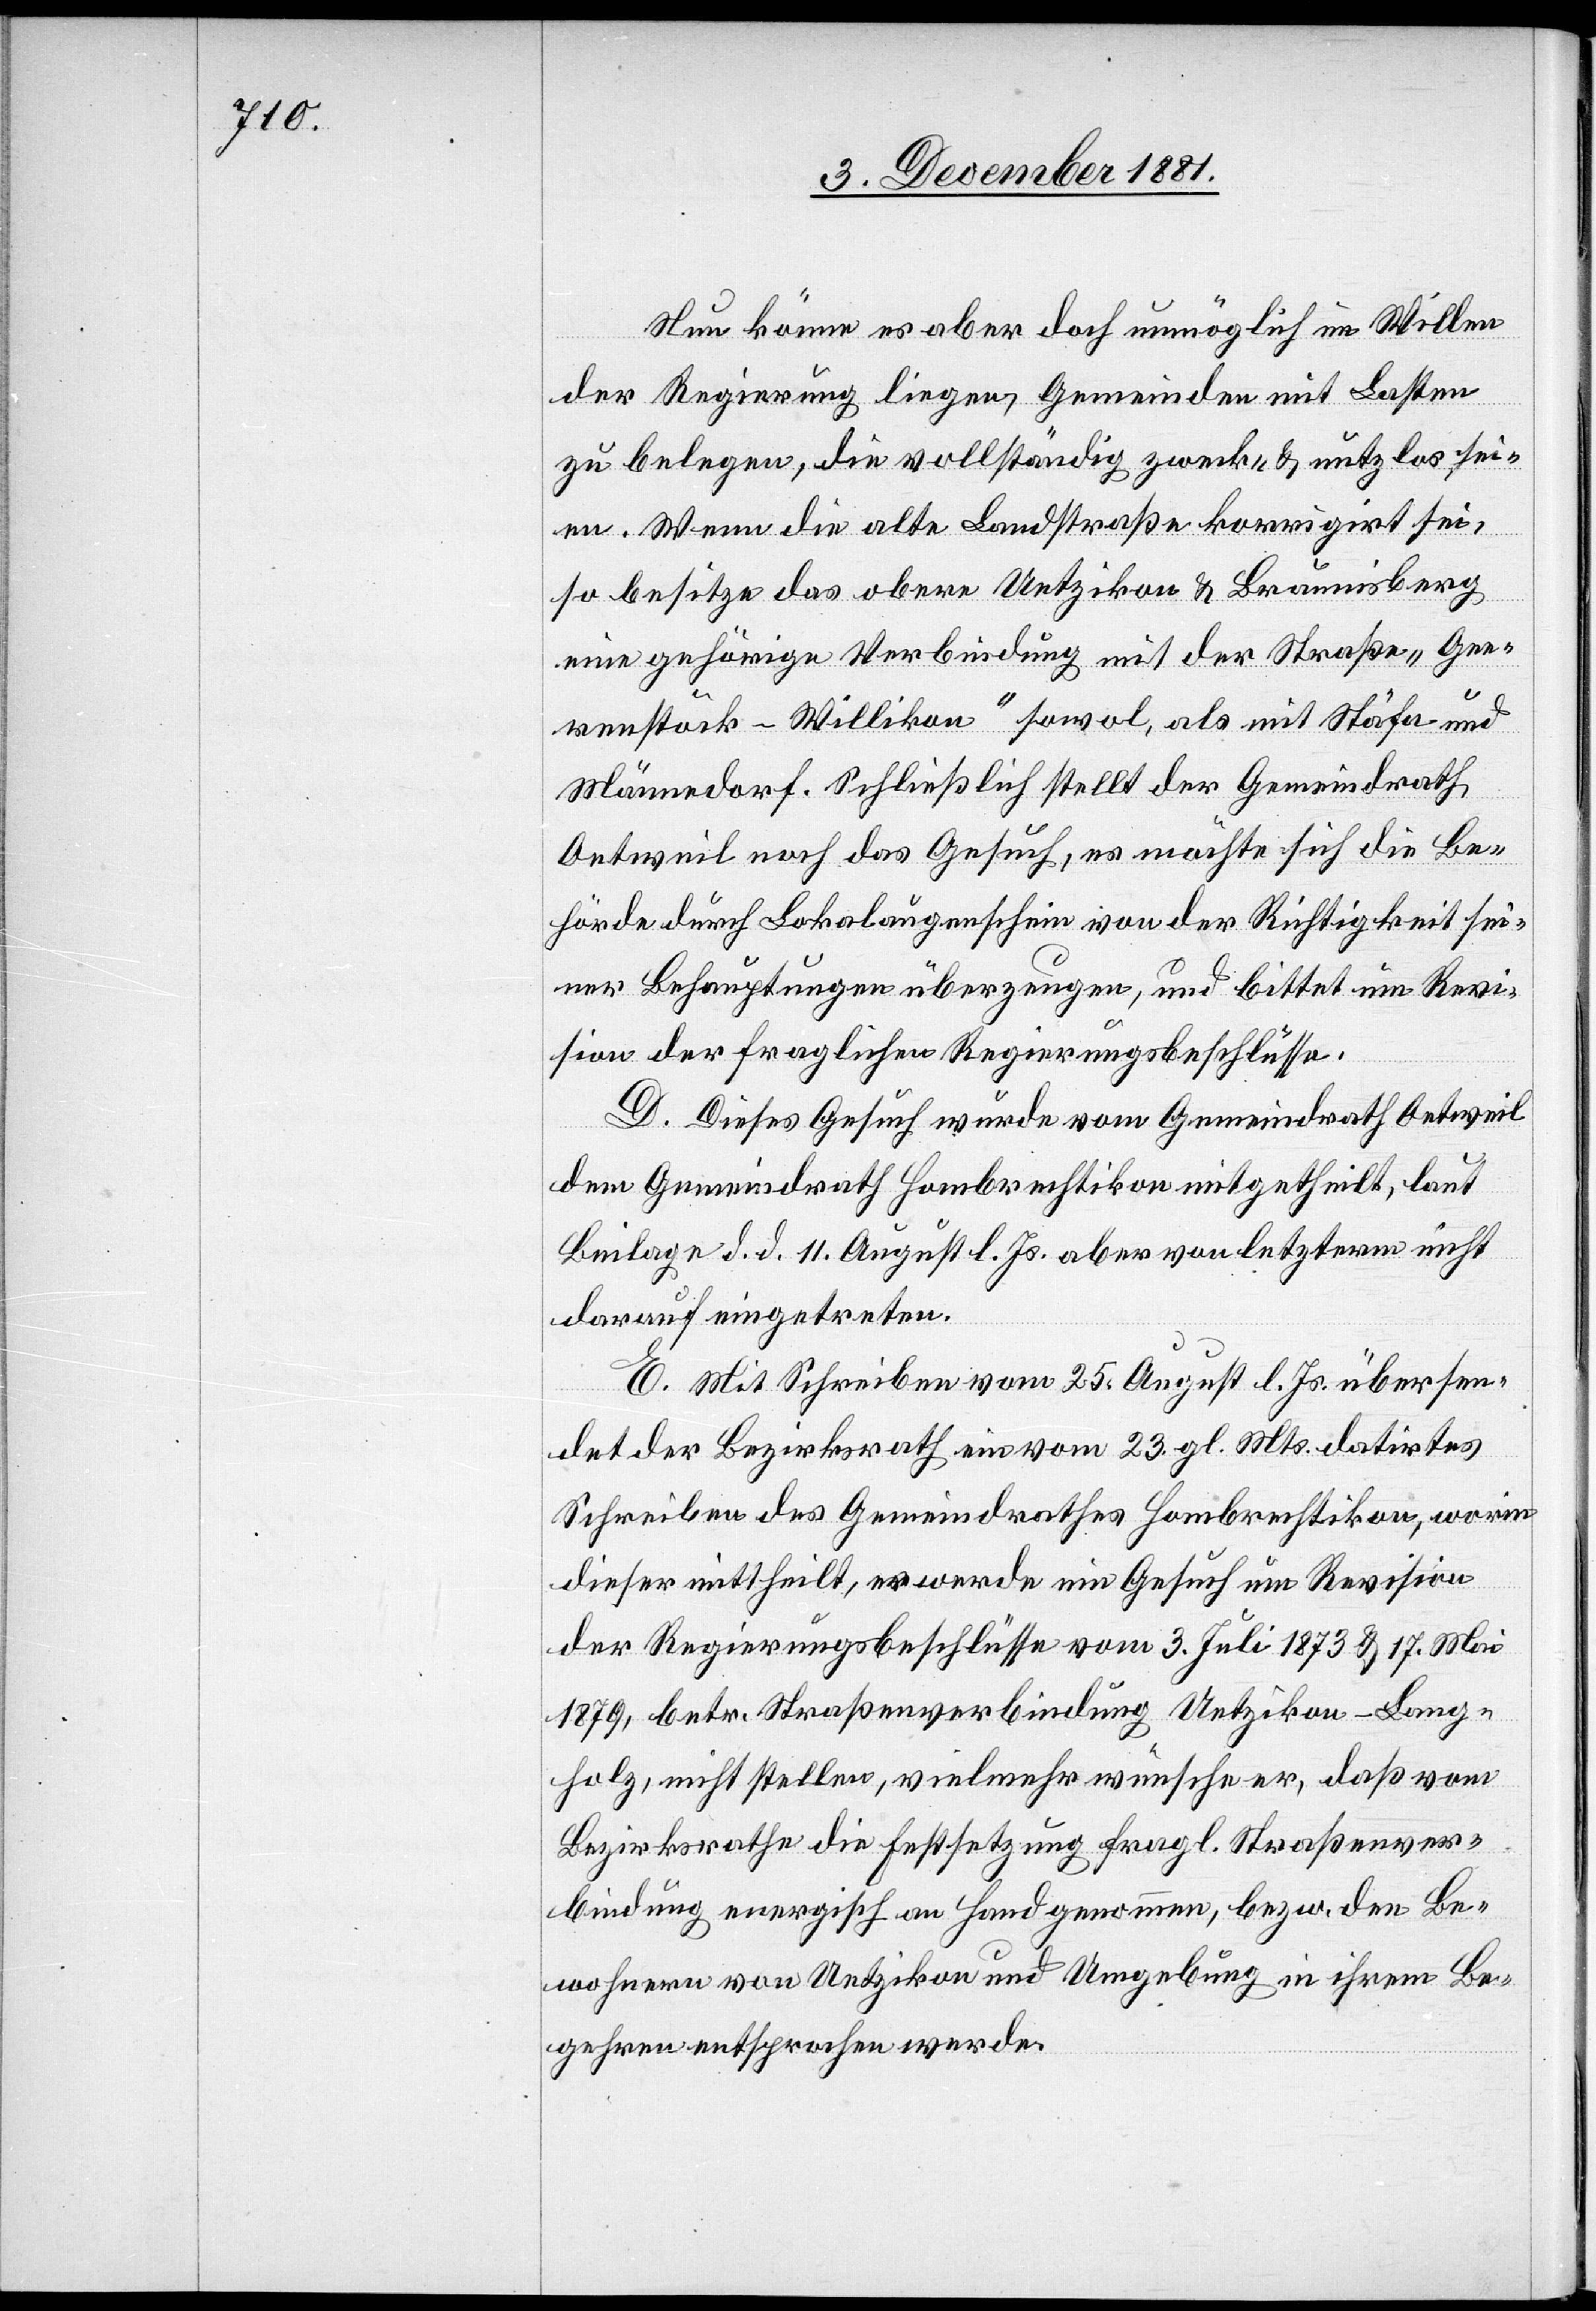
Nun könne es aber doch unmöglich im Willen
der Regierung liegen, Gemeinden mit Lasten
zu belegen, die vollständig zweck- & nutzlos sei¬
en. Wenn die alte Landstraße korrigirt sei,
so besitze das obere Uetzikon & Braunisberg
eine gehörige Verbindung mit der Straße „Gee¬
renstöck–Willikon“ sowol, als mit Stäfa und
Männedorf. Schließlich stellt der Gemeindrath
Oetweil noch das Gesuch, es möchte sich die Be¬
hörde durch Lokalaugenschein von der Richtigkeit sei¬
ner Behauptungen überzeugen, und bittet um Revi¬
sion der fraglichen Regierungsbeschlüsse.
D. Dieses Gesuch wurde vom Gemeindrath Oetweil
dem Gemeindrath Hombrechtikon mitgetheilt, laut
Beilage d. d. 11. August l. Js. aber von letzterm nicht
darauf eingetreten.
E. Mit Schreiben vom 25. August l. Js. übersen¬
det der Bezirksrath ein vom 23. gl. Mts. datirtes
Schreiben des Gemeindrathes Hombrechtikon, worin
dieser mittheilt, er werde ein Gesuch um Revision
der Regierungsbeschlüsse vom 3. Juli 1873 & 17. Mai
1879, betr. Straßenverbindung Uetzikon–Lang¬
holz, nicht stellen, vielmehr wünsche er, daß vom
Bezirksrathe die Festsetzung fragl. Straßenver¬
bindung energisch an Hand genommen, bezw. den Be¬
wohnern von Uetzikon und Umgebung in ihrem Be¬
gehren entsprochen werden.